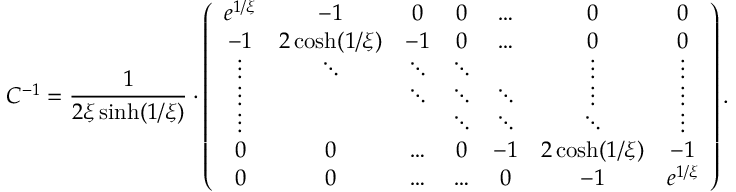
C ^ { - 1 } = \frac { 1 } { 2 \xi \sinh ( 1 / \xi ) } \cdot \left( \begin{array} { c c c c c c c } { e ^ { 1 / \xi } } & { - 1 } & { 0 } & { 0 } & { \dots } & { 0 } & { 0 } \\ { - 1 } & { 2 \cosh ( 1 / \xi ) } & { - 1 } & { 0 } & { \dots } & { 0 } & { 0 } \\ { \vdots } & { \ddots } & { \ddots } & { \ddots } & { } & { \vdots } & { \vdots } \\ { \vdots } & { } & { \ddots } & { \ddots } & { \ddots } & { \vdots } & { \vdots } \\ { \vdots } & { } & { } & { \ddots } & { \ddots } & { \ddots } & { \vdots } \\ { 0 } & { 0 } & { \dots } & { 0 } & { - 1 } & { 2 \cosh ( 1 / \xi ) } & { - 1 } \\ { 0 } & { 0 } & { \dots } & { \dots } & { 0 } & { - 1 } & { e ^ { 1 / \xi } } \end{array} \right) .